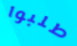
طلبوا